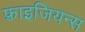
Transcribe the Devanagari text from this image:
फ़्राइजियन्स